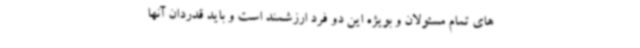
های تمام مسئولان و بویژه این دو فرد ارزشمند است و باید قدردان آنها